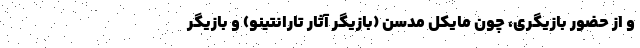
و از حضور بازیگری، چون مایکل مدسن (بازیگر آثار تارانتینو) و بازیگر